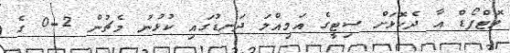
ވޮޓްފޯޑް އާ ދެކޮޅަށް ސިޓީގެ އަމިއްލަ ދަނޑުގައި ކުޅުނު މެޗުން 2-0 ގެ